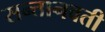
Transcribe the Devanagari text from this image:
सन्तानवती